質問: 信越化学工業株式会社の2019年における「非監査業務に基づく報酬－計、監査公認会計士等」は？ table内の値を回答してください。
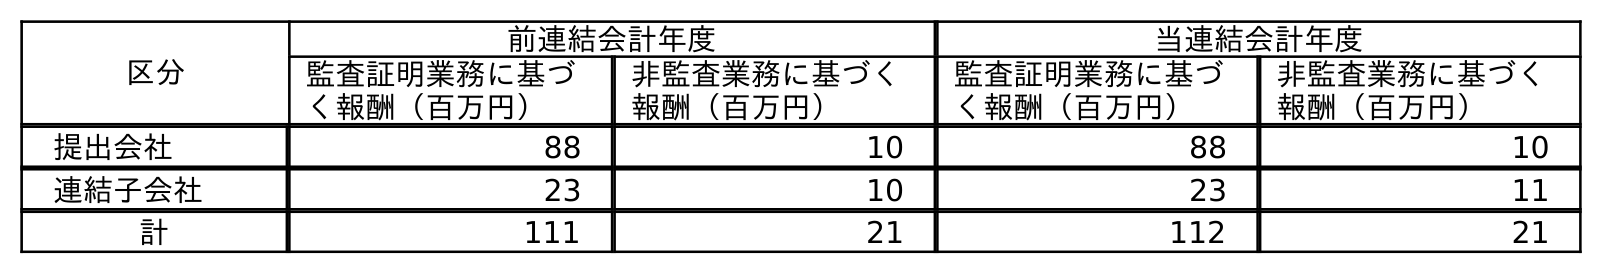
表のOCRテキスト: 区分 前連結会計年度 当連結会計年度 監査証明業務に基づ く報酬（百万円） 非監査業務に基づく 報酬（百万円） 監査証明業務に基づ く報酬（百万円） 非監査業務に基づく 報酬（百万円） 提出会社 88 10 88 10 連結子会社 23 10 23 11 計 111 21 112 21
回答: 21